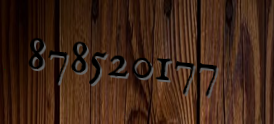
878520177